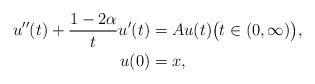
LaTeX: \begin{align*} u''(t) + \frac{1 - 2 \alpha}{t} u'(t) & = Au(t) \big( t \in (0, \infty) \big), \\ u(0) & = x, \end{align*}